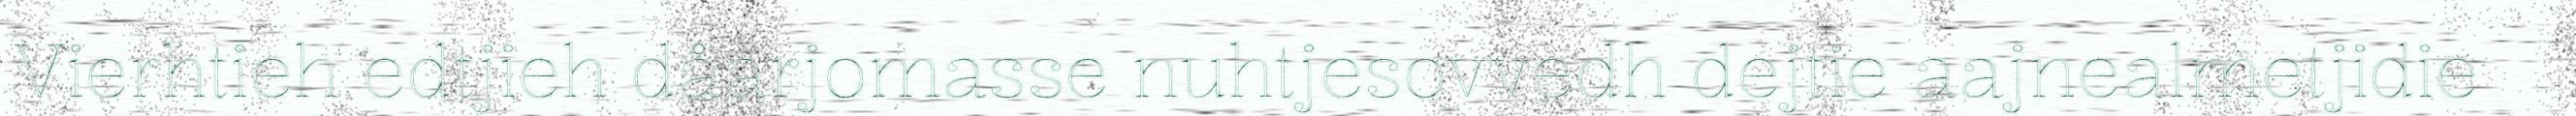
Vierhtieh edtjieh dåarjomasse nuhtjesovvedh dejtie aajnealmetjidie